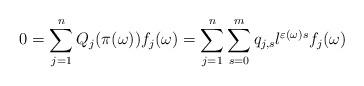
LaTeX: \begin{align*} 0 = \sum_{j=1}^n Q_j(\pi(\omega)) f_j(\omega) = \sum_{j=1}^n \sum_{s=0}^m q_{j,s} l^{\varepsilon(\omega)s} f_j(\omega) \end{align*}